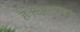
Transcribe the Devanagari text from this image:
है।उत्प्लावन